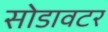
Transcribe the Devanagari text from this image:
सोडावटर